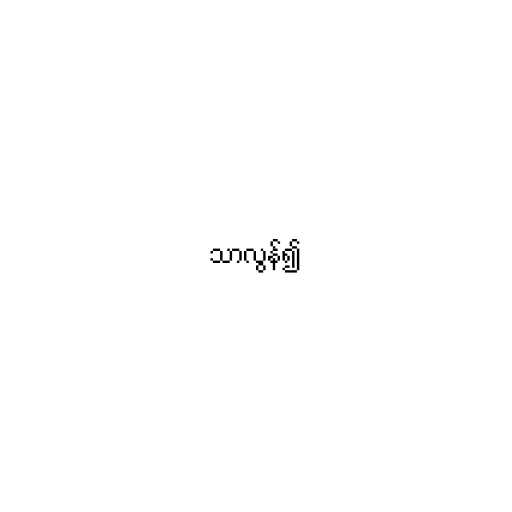
သာလွန်၍